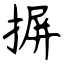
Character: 摒